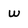
Character: w